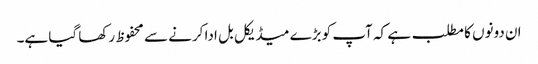
ان دونوں کا مطلب ہے کہ آپ کو بڑے میڈیکل بل ادا کرنے سے محفوظ رکھا گیا ہے۔